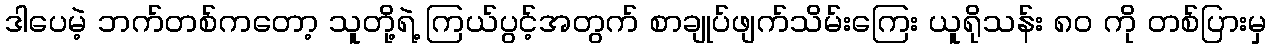
ဒါပေမဲ့ ဘက်တစ်ကတော့ သူတို့ရဲ့ ကြယ်ပွင့်အတွက် စာချုပ်ဖျက်သိမ်းကြေး ယူရိုသန်း ၈၀ ကို တစ်ပြားမှ